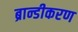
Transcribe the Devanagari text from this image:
ब्रान्डीकरण